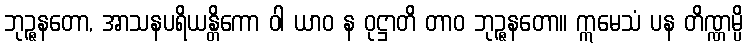
ဘုဉ္ဇနတော, အာသနပရိယန္တိကော ဝါ ယာဝ န ဝုဋ္ဌာတိ တာဝ ဘုဉ္ဇနတော။ ဣမေသံ ပန တိဏ္ဏမ္ပိ